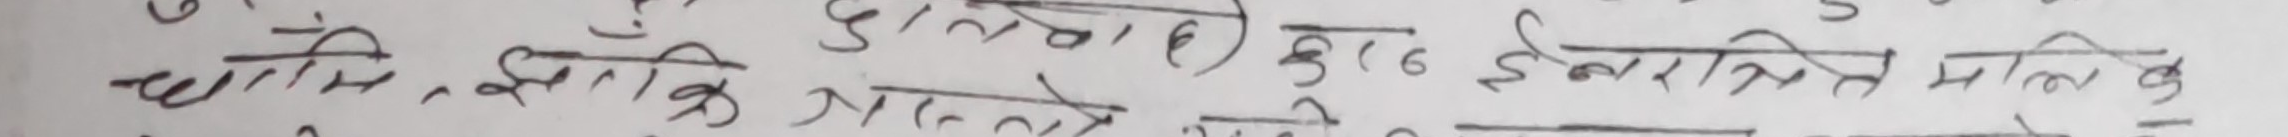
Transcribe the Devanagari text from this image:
चाहे, ताकि मान्छे, गलत न